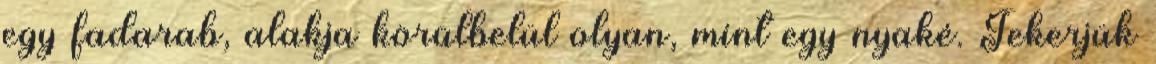
egy fadarab, alakja körülbelül olyan, mint egy nyaké. Tekerjük